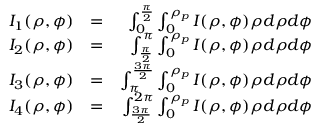
\begin{array} { r l r } { I _ { 1 } ( \rho , \phi ) } & { = } & { \int _ { 0 } ^ { \frac { \pi } { 2 } } \int _ { 0 } ^ { \rho _ { p } } I ( \rho , \phi ) \rho d \rho d \phi } \\ { I _ { 2 } ( \rho , \phi ) } & { = } & { \int _ { \frac { \pi } { 2 } } ^ { \pi } \int _ { 0 } ^ { \rho _ { p } } I ( \rho , \phi ) \rho d \rho d \phi } \\ { I _ { 3 } ( \rho , \phi ) } & { = } & { \int _ { \pi } ^ { \frac { 3 \pi } { 2 } } \int _ { 0 } ^ { \rho _ { p } } I ( \rho , \phi ) \rho d \rho d \phi } \\ { I _ { 4 } ( \rho , \phi ) } & { = } & { \int _ { \frac { 3 \pi } { 2 } } ^ { 2 \pi } \int _ { 0 } ^ { \rho _ { p } } I ( \rho , \phi ) \rho d \rho d \phi } \end{array}